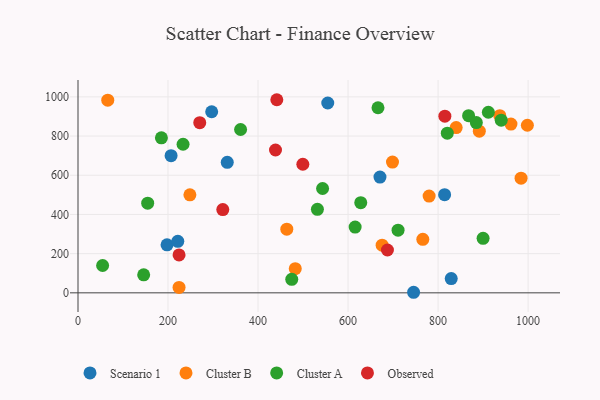
{"axis": {"x": "Investment", "y": "Exam Score"}, "legend": ["Cluster A", "Cluster B", "Observed", "Scenario 1"], "data": [{"x": "814.5", "y": 500.8, "type": "Scenario 1"}, {"x": "297.0", "y": 924.0, "type": "Scenario 1"}, {"x": "745.6", "y": 2.9, "type": "Scenario 1"}, {"x": "197.8", "y": 244.9, "type": "Scenario 1"}, {"x": "331.6", "y": 666.2, "type": "Scenario 1"}, {"x": "829.2", "y": 73.0, "type": "Scenario 1"}, {"x": "221.7", "y": 262.9, "type": "Scenario 1"}, {"x": "670.9", "y": 590.5, "type": "Scenario 1"}, {"x": "554.9", "y": 968.7, "type": "Scenario 1"}, {"x": "206.8", "y": 700.1, "type": "Scenario 1"}, {"x": "482.7", "y": 123.3, "type": "Cluster B"}, {"x": "780.1", "y": 493.7, "type": "Cluster B"}, {"x": "224.5", "y": 27.8, "type": "Cluster B"}, {"x": "463.9", "y": 324.8, "type": "Cluster B"}, {"x": "698.7", "y": 667.1, "type": "Cluster B"}, {"x": "840.2", "y": 843.1, "type": "Cluster B"}, {"x": "675.7", "y": 243.0, "type": "Cluster B"}, {"x": "984.4", "y": 585.1, "type": "Cluster B"}, {"x": "961.9", "y": 860.9, "type": "Cluster B"}, {"x": "998.4", "y": 855.2, "type": "Cluster B"}, {"x": "937.1", "y": 903.9, "type": "Cluster B"}, {"x": "891.6", "y": 824.9, "type": "Cluster B"}, {"x": "66.1", "y": 983.3, "type": "Cluster B"}, {"x": "766.1", "y": 272.9, "type": "Cluster B"}, {"x": "248.6", "y": 500.0, "type": "Cluster B"}, {"x": "820.5", "y": 814.8, "type": "Cluster A"}, {"x": "474.9", "y": 68.9, "type": "Cluster A"}, {"x": "54.7", "y": 139.6, "type": "Cluster A"}, {"x": "145.9", "y": 91.9, "type": "Cluster A"}, {"x": "233.4", "y": 758.3, "type": "Cluster A"}, {"x": "615.7", "y": 335.6, "type": "Cluster A"}, {"x": "666.5", "y": 944.4, "type": "Cluster A"}, {"x": "900.0", "y": 278.4, "type": "Cluster A"}, {"x": "867.8", "y": 904.2, "type": "Cluster A"}, {"x": "940.3", "y": 881.0, "type": "Cluster A"}, {"x": "154.8", "y": 457.4, "type": "Cluster A"}, {"x": "543.4", "y": 532.4, "type": "Cluster A"}, {"x": "711.1", "y": 319.8, "type": "Cluster A"}, {"x": "885.0", "y": 868.8, "type": "Cluster A"}, {"x": "911.7", "y": 921.6, "type": "Cluster A"}, {"x": "628.2", "y": 460.2, "type": "Cluster A"}, {"x": "531.9", "y": 426.3, "type": "Cluster A"}, {"x": "361.2", "y": 833.5, "type": "Cluster A"}, {"x": "185.3", "y": 791.2, "type": "Cluster A"}, {"x": "499.5", "y": 656.1, "type": "Observed"}, {"x": "441.7", "y": 985.4, "type": "Observed"}, {"x": "438.8", "y": 728.9, "type": "Observed"}, {"x": "687.5", "y": 218.6, "type": "Observed"}, {"x": "321.7", "y": 424.9, "type": "Observed"}, {"x": "224.5", "y": 193.4, "type": "Observed"}, {"x": "270.5", "y": 868.5, "type": "Observed"}, {"x": "815.1", "y": 901.7, "type": "Observed"}]}